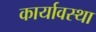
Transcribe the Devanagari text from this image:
कार्यावस्था